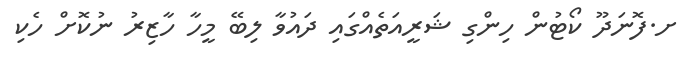
ށ.ފޮނަދޫ ކޯޓުން ހިންގި ޝަރީއަތެއްގައި ދައުވާ ލިބޭ މީހާ ހާޒިރު ނުކޮށް ހެކި